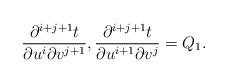
\begin{align*} \frac{\partial^{i+j+1}t}{\partial u^i\partial v^{j+1}},\frac{\partial^{i+j+1}t}{\partial u^{i+1}\partial v^{j}}=Q_1.\end{align*}